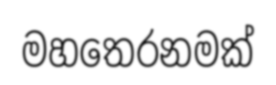
මහතෙරනමක්